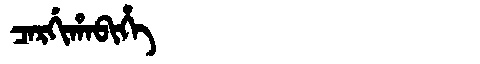
Manchu: ᠴᠠᡵᡤᡳᡥᠠᠪᡳᡥᡝ
Romanization: CARGIHABIHE